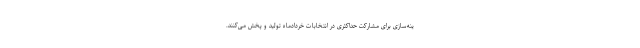
ینه‌سازی برای مشارکت حداکثری در انتخابات خردادماه تولید و پخش می‌کنند.